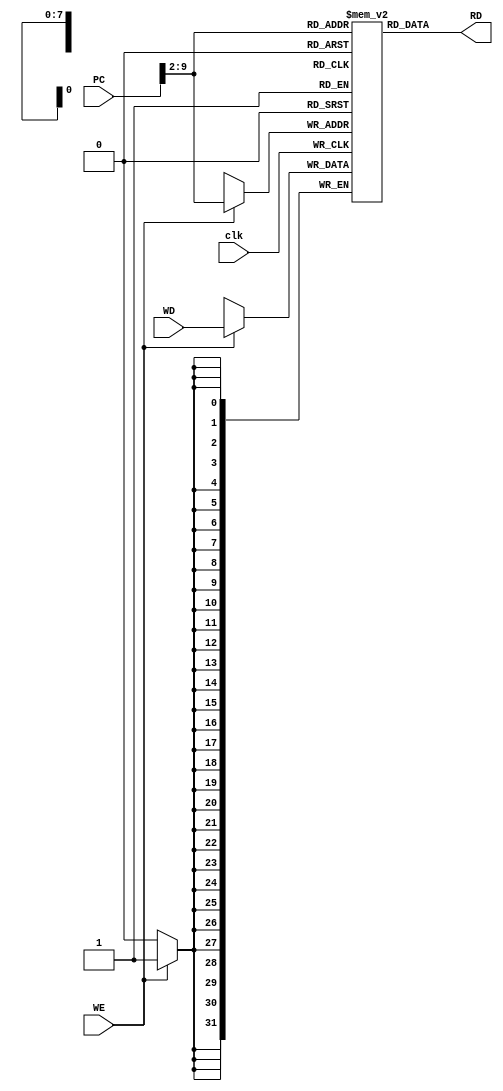
module instr_mem #(parameter DATA = 32, ADDR = 32, MEM_DEPTH = 256)(
    input clk, WE,
    input [DATA - 1 : 0] WD,
    input [ADDR - 1 : 0] PC,
    output [DATA - 1 : 0] RD
);
    wire [ADDR - 1 : 0] A;
    reg [DATA - 1 : 0] I_MEM [0 : MEM_DEPTH - 1];

    always @(posedge clk) begin
        if (WE)
            I_MEM[A] <= WD;
    end

    assign A = PC >> 2;
    assign RD = I_MEM[A];
endmodule